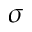
\boldsymbol { \sigma }